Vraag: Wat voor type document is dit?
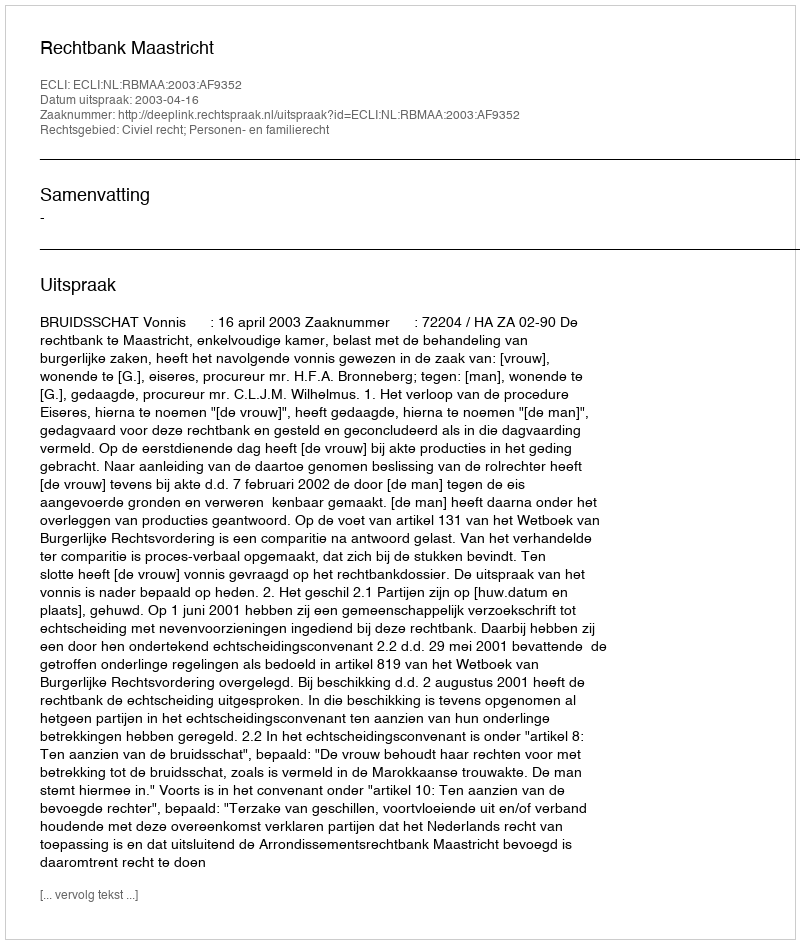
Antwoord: Uitspraak